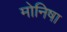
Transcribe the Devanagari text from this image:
मोनिषा